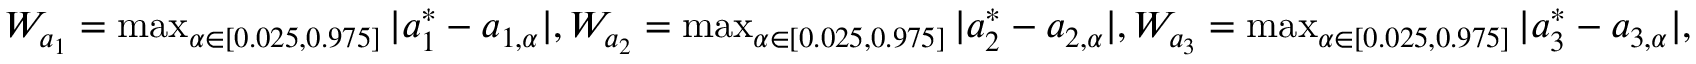
\begin{array} { r } { W _ { a _ { 1 } } = \operatorname* { m a x } _ { \alpha \in [ 0 . 0 2 5 , 0 . 9 7 5 ] } | a _ { 1 } ^ { * } - a _ { 1 , \alpha } | , W _ { a _ { 2 } } = \operatorname* { m a x } _ { \alpha \in [ 0 . 0 2 5 , 0 . 9 7 5 ] } | a _ { 2 } ^ { * } - a _ { 2 , \alpha } | , W _ { a _ { 3 } } = \operatorname* { m a x } _ { \alpha \in [ 0 . 0 2 5 , 0 . 9 7 5 ] } | a _ { 3 } ^ { * } - a _ { 3 , \alpha } | , } \end{array}